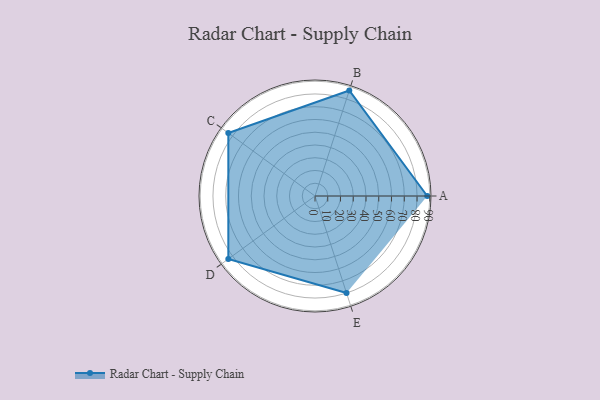
{"axis": {"x": "Skill", "y": "Score"}, "legend": ["Profile"], "data": [{"x": "A", "y": 88.0, "type": "Profile"}, {"x": "B", "y": 87.0, "type": "Profile"}, {"x": "C", "y": 84.0, "type": "Profile"}, {"x": "D", "y": 84.0, "type": "Profile"}, {"x": "E", "y": 80.0, "type": "Profile"}]}